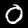
Digit: 0